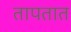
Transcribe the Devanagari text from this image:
तापतात